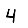
Digit: 4